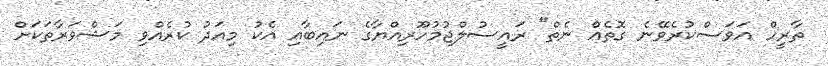
ތާރީހް އަވަސްކުރެވޭނެ ގޮތެއް ނެތް" ރައީސުލްޖުމުހޫރިއްޔާގެ ނައިބާއި އެކު މިއަދު ކުރެއްވި މަޝްވަރާތަކަށް